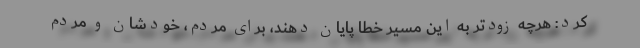
کرد: هرچه زودتر به این مسیر خطا پایان دهند، برای مردم، خودشان و مردم